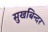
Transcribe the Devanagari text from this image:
सुखबिन्दर